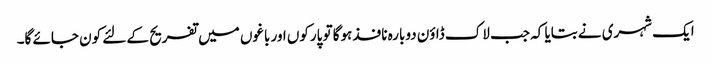
ایک شہری نے بتایا کہ جب لاک ڈاؤن دوبارہ نافذ ہوگا تو پارکوں اور باغوں میں تفریح کے لئے کون جائے گا۔